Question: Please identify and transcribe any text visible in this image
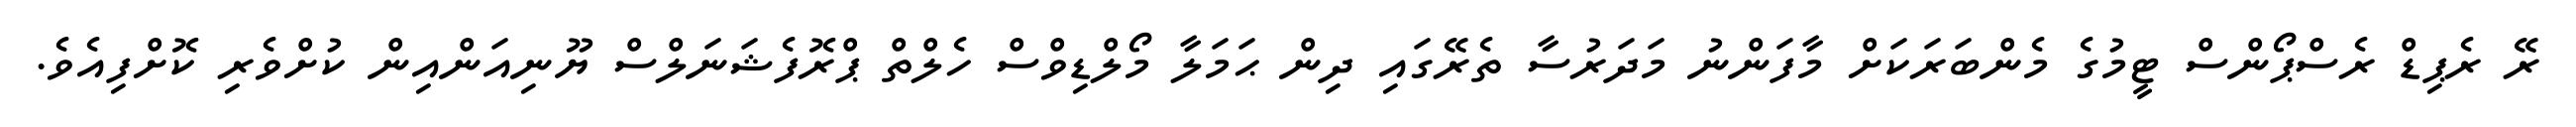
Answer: ރޭ ރެޕިޑް ރެސްޕޯންސް ޓީމުގެ މެންބަރަކަށް މާފަންނު މަދަރުސާ ތެރޭގައި ދިން ޙަމަލާ މޯލްޑިވްސް ހެލްތް ޕްރޮފެޝަނަލްސް ޔޫނިއަންއިން ކުށްވެރި ކޮށްފިއެވެ.